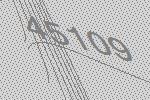
45109